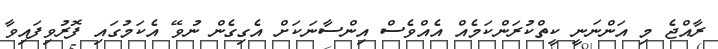
ރާއްޖެ މި އަންނަނީ ކީތްކުރަންކަމެއް އެއްވެސް އިންސާނަކަށް އެގިގެން ނުވޭ އެކަމުގައި ފޮރުވިފައިވާ